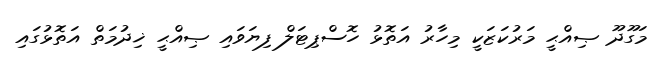
މަގޫދޫ ޞިއްޙީ މަރުކަޒަކީ މިހާރު އަތޮޅު ހޮސްޕިޓަލް ފިޔަވައި ޞިއްޙީ ޚިދުމަތް އަތޮޅުގައި